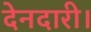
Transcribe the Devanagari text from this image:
देनदारी।